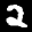
Label: 2